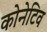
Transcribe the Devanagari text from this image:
कोनेटिव